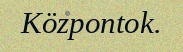
Központok.